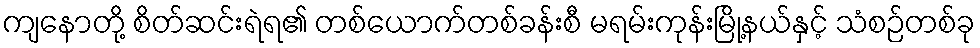
ကျနောတို့ စိတ်ဆင်းရဲရ၏ တစ်ယောက်တစ်ခန်းစီ မရမ်းကုန်းမြို့နယ်နှင့် သံစဉ်တစ်ခု